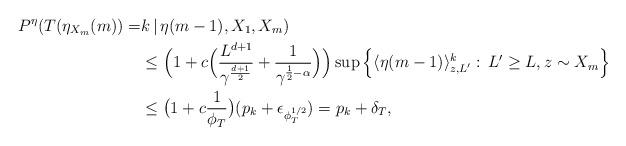
LaTeX: \begin{align*}P^\eta(T(\eta_{X_m}(m))=&k\,|\,\eta(m-1),X_1,X_m)\\&\leq \Big(1+c\Big(\frac{L^{d+1}}{\gamma^{\frac{d+1}{2}}}+\frac{1}{\gamma^{\frac12-\alpha}}\Big)\Big)\sup\Big\{ \langle \eta(m-1) \rangle_{z,L'}^k:\,{L'\geq L},z\sim X_m \Big\}\\&\leq \big(1+c\frac{1}{\phi_T}\big) (p_k+\epsilon_{\phi_T^{1/2}})= p_k+\delta_T,\end{align*}